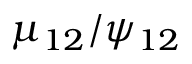
\mu _ { 1 2 } / \psi _ { 1 2 }